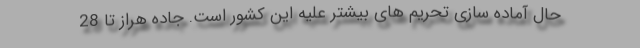
حال آماده سازی تحریم های بیشتر علیه این کشور است. جاده هراز تا 28